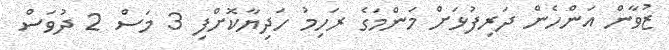
ޒުވާން އަންހެން ދަރިފުޅަށް މަންމަގެ ރަހިމު ހަދިޔާކޮށްފި 3 މަސް 2 ދުވަސް